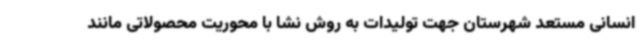
انسانی مستعد شهرستان جهت تولیدات به روش نشا با محوریت محصولاتی مانند